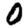
Digit: 0